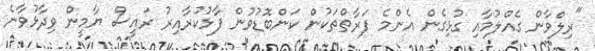
"ރިލްވާން ގެއްލުމާއި ގުޅިގެން އެންމެ ފަރާތްތަކުން ކަންބޮޑުވުން ފާޅުކުރާއިރު ރައީސް ޔާމީން ވިދާޅުވާނެ